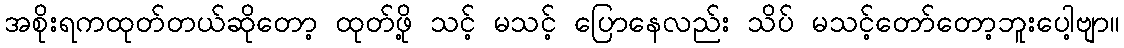
အစိုးရကထုတ်တယ်ဆိုတော့ ထုတ်ဖို့ သင့် မသင့် ပြောနေလည်း သိပ် မသင့်တော်တော့ဘူးပေါ့ဗျာ။